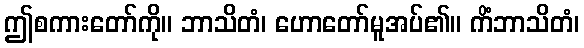
ဤစကားတော်ကို။ ဘာသိတံ၊ ဟောတော်မူအပ်၏။ ကိံဘာသိတံ၊